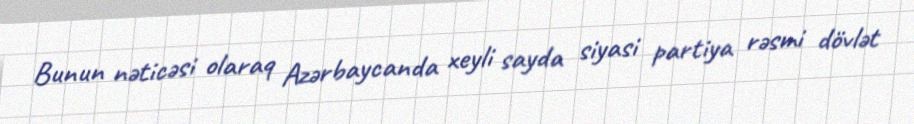
Bunun nəticəsi olaraq Azərbaycanda xeyli sayda siyasi partiya rəsmi dövlət